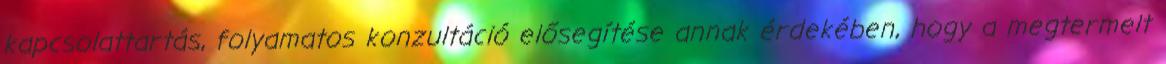
kapcsolattartás, folyamatos konzultáció elősegítése annak érdekében, hogy a megtermelt